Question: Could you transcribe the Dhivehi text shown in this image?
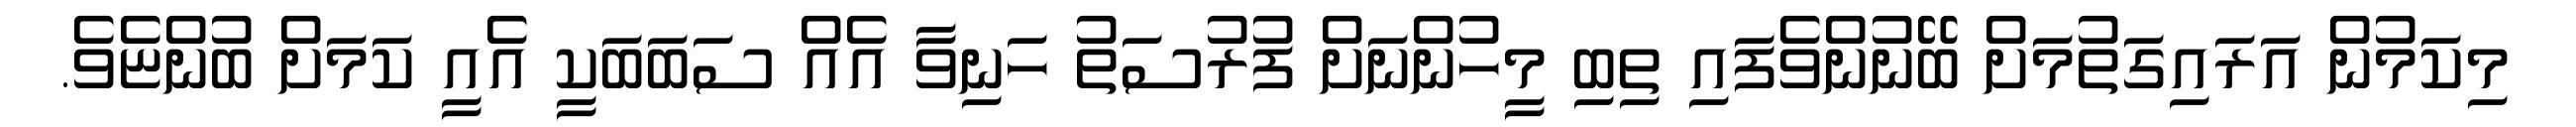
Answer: މިކަމުން އަރައިގަތުމަށް ބޭނުންވެފައި ތިބި މީހުންނަށް ފުރުސަތު ހަނިވާ އެއް ސަބަބަކީ އެއީ ކަމަށް ބުންޏެވެ.